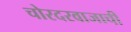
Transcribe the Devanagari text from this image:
चोरदरवाजाची